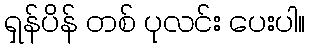
ရှန်ပိန် တစ် ပုလင်း ပေးပါ။